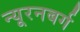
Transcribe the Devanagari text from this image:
न्यूरनबर्ग